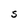
Character: S